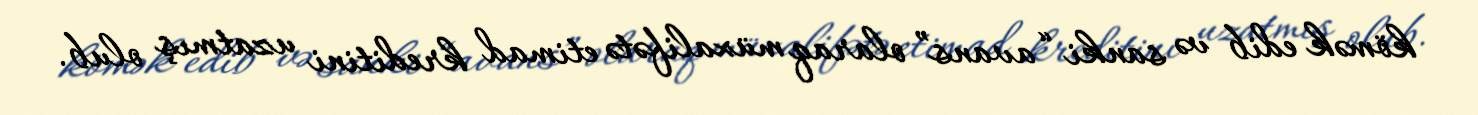
kömək edib və sanki “avans” olaraq müxalifətə etimad kreditini uzatmış olub.